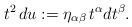
\begin{align*}t^2\,du:=\eta_{\alpha\beta}\,t^{\alpha}dt^{\beta}. \end{align*}